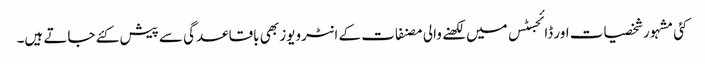
کئی مشہور شخصیات اور ڈائجسٹس میں لکھنے والی مصنفات کے انٹرویوز بھی باقاعدگی سے پیش کئے جاتے ہیں۔